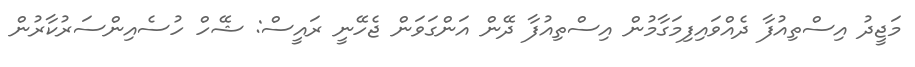
މަޖީދު އިސްތިއުފާ ދެއްވައިފިމަގާމުން އިސްތިއުފާ ދޭން އަންގަވަން ޖެހޭނީ ރައީސް: ޝޭހް ހުސެއިންސަރުކާރުން